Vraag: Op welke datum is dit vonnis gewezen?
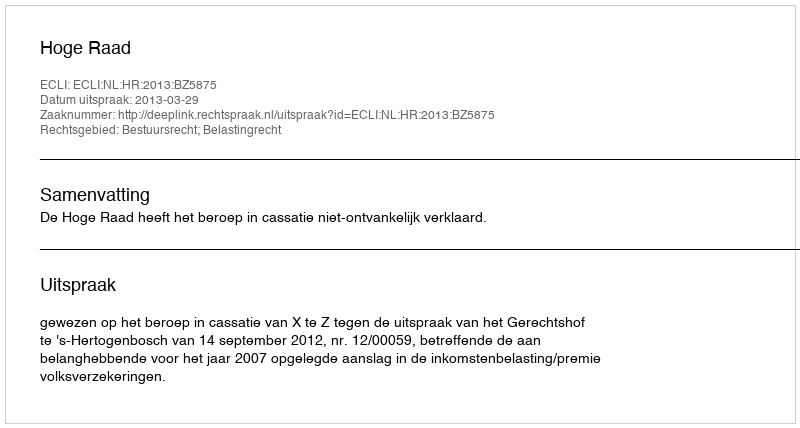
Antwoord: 2013-03-29